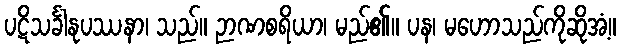
ပဋိသင်္ခါနုပဿနာ၊ သည်။ ဉာဏစရိယာ၊ မည်၏။ ပန၊ မဟောသည်ကိုဆိုအံ့။